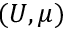
( U , \mu )